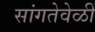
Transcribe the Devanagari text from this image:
सांगतेवेळीं